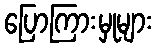
ပြောကြားမှုများ